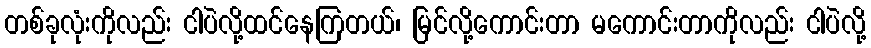
တစ်ခုလုံးကိုလည်း ငါပဲလို့ထင်နေကြတယ်၊ မြင်လို့ကောင်းတာ မကောင်းတာကိုလည်း ငါပဲလို့